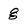
Character: g